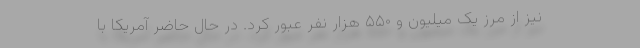
نیز از مرز یک میلیون و ۵۵۰ هزار نفر عبور کرد. در حال حاضر آمریکا با